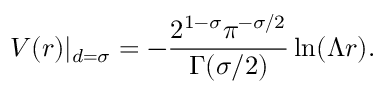
V ( r ) | _ { d = \sigma } = - \frac { 2 ^ { 1 - \sigma } \pi ^ { - \sigma / 2 } } { \Gamma ( \sigma / 2 ) } \ln ( \Lambda r ) .